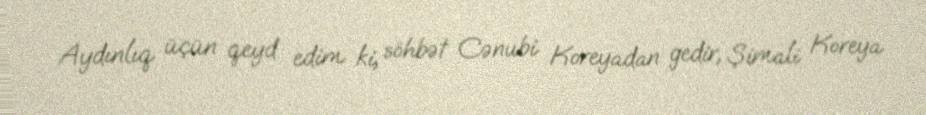
Aydınlıq üçün qeyd edim ki, söhbət Cənubi Koreyadan gedir, Şimali Koreya